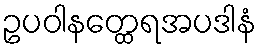
ဥပဝါနတ္ထေရအပဒါနံ